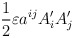
\begin{align*}\frac{1}{2}\varepsilon a^{ij}A'_{i}A'_{j}\end{align*}